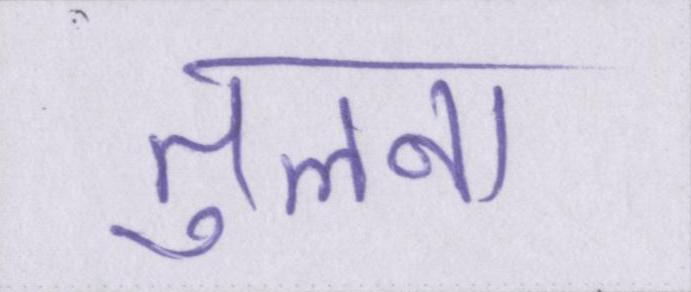
तुलना